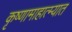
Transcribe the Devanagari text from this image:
कृष्णामाहात्म्यात